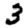
Digit: 3